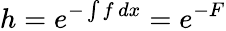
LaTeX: h=e^{-\int f\, dx}=e^{-F}